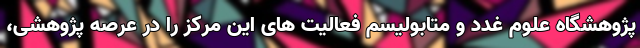
پژوهشگاه علوم غدد و متابولیسم فعالیت های این مرکز را در عرصه پژوهشی،